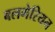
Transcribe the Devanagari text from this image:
बलगेरियन